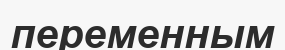
переменным